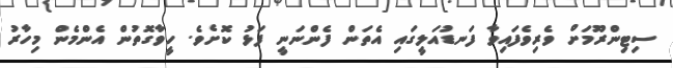
ސިޓިންރޫމަށް ވެރިވެފައިވާ ފަނޑުއަލީގައި އެތަން ފެންނަނީ ފަޅު ކޮށެވެ. ހީވާގޮތުން އެންމެން މިހާރު